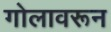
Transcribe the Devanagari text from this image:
गोलावरून